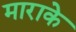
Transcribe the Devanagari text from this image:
माराके